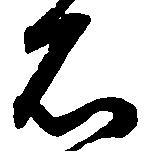
石